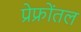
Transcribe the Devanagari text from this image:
प्रेफ्रोंतल